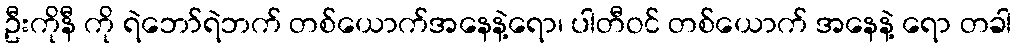
ဦးကိုနီ ကို ရဲဘော်ရဲဘက် တစ်ယောက်အနေနဲ့ရော၊ ပါတီဝင် တစ်ယောက် အနေနဲ့ ရော တခါ